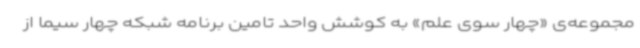
مجموعه‌ی «چهار سوی علم» به کوشش واحد تامین برنامه شبکه چهار سیما از